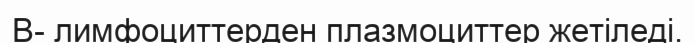
В- лимфоциттерден плазмоциттер жетіледі.